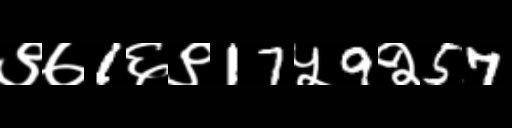
Text: ९७1६९17५9२57